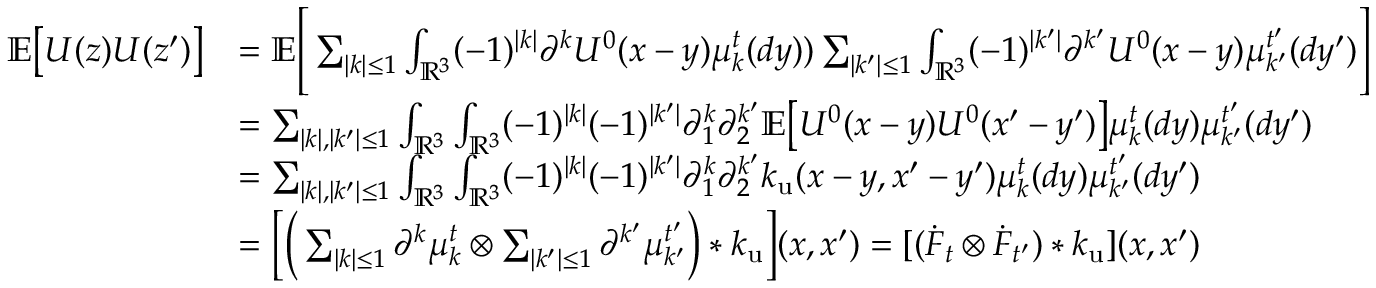
\begin{array} { r l } { \mathbb { E } \big [ U ( z ) U ( z ^ { \prime } ) \big ] } & { = \mathbb { E } \Bigg [ \sum _ { | k | \leq 1 } \int _ { \mathbb { R } ^ { 3 } } ( - 1 ) ^ { | k | } \partial ^ { k } U ^ { 0 } ( x - y ) \mu _ { k } ^ { t } ( d y ) ) \sum _ { | k ^ { \prime } | \leq 1 } \int _ { \mathbb { R } ^ { 3 } } ( - 1 ) ^ { | k ^ { \prime } | } \partial ^ { k ^ { \prime } } U ^ { 0 } ( x - y ) \mu _ { k ^ { \prime } } ^ { t ^ { \prime } } ( d y ^ { \prime } ) \Bigg ] } \\ & { = \sum _ { | k | , | k ^ { \prime } | \leq 1 } \int _ { \mathbb { R } ^ { 3 } } \int _ { \mathbb { R } ^ { 3 } } ( - 1 ) ^ { | k | } ( - 1 ) ^ { | k ^ { \prime } | } \partial _ { 1 } ^ { k } \partial _ { 2 } ^ { k ^ { \prime } } \mathbb { E } \big [ U ^ { 0 } ( x - y ) U ^ { 0 } ( x ^ { \prime } - y ^ { \prime } ) \big ] \mu _ { k } ^ { t } ( d y ) \mu _ { k ^ { \prime } } ^ { t ^ { \prime } } ( d y ^ { \prime } ) } \\ & { = \sum _ { | k | , | k ^ { \prime } | \leq 1 } \int _ { \mathbb { R } ^ { 3 } } \int _ { \mathbb { R } ^ { 3 } } ( - 1 ) ^ { | k | } ( - 1 ) ^ { | k ^ { \prime } | } \partial _ { 1 } ^ { k } \partial _ { 2 } ^ { k ^ { \prime } } k _ { \mathrm { u } } ( x - y , x ^ { \prime } - y ^ { \prime } ) \mu _ { k } ^ { t } ( d y ) \mu _ { k ^ { \prime } } ^ { t ^ { \prime } } ( d y ^ { \prime } ) } \\ & { = \bigg [ \Big ( \sum _ { | k | \leq 1 } \partial ^ { k } \mu _ { k } ^ { t } \otimes \sum _ { | k ^ { \prime } | \leq 1 } \partial ^ { k ^ { \prime } } \mu _ { k ^ { \prime } } ^ { t ^ { \prime } } \Big ) * k _ { \mathrm { u } } \bigg ] ( x , x ^ { \prime } ) = [ ( \Dot { F } _ { t } \otimes \dot { F } _ { t ^ { \prime } } ) * k _ { \mathrm { u } } ] ( x , x ^ { \prime } ) } \end{array}